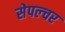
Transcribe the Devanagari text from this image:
सेपल्चर